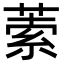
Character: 𦵫